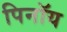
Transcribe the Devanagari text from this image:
पिनॉय